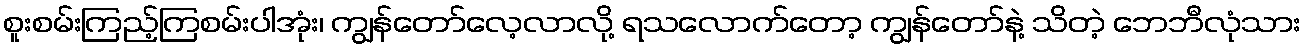
စူးစမ်းကြည့်ကြစမ်းပါအုံး၊ ကျွန်တော်လေ့လာလို့ ရသလောက်တော့ ကျွန်တော်နဲ့ သိတဲ့ ဘေဘီလုံသား